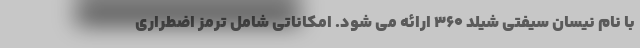
با نام نیسان سیفتی شیلد 360 ارائه می شود. امکاناتی شامل ترمز اضطراری